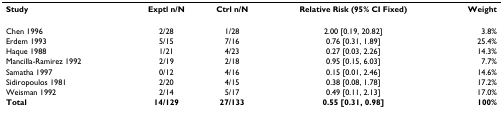
<table><thead><tr><td><b>Study</b></td><td><b>Exptl n/N</b></td><td><b>Ctrl n/N</b></td><td><b>Relative Risk (95% CI Fixed)</b></td><td><b>Weight</b></td></tr></thead><tbody><tr><td>Chen 1996</td><td>2/28</td><td>1/28</td><td>2.00 [0.19, 20.82]</td><td>3.8%</td></tr><tr><td>Erdem 1993</td><td>5/15</td><td>7/16</td><td>0.76 [0.31, 1.89]</td><td>25.4%</td></tr><tr><td>Haque 1988</td><td>1/21</td><td>4/23</td><td>0.27 [0.03, 2.26]</td><td>14.3%</td></tr><tr><td>Mancilla-Ramirez 1992</td><td>2/19</td><td>2/18</td><td>0.95 [0.15, 6.03]</td><td>7.7%</td></tr><tr><td>Samatha 1997</td><td>0/12</td><td>4/16</td><td>0.15 [0.01, 2.46]</td><td>14.6%</td></tr><tr><td>Sidiropoulos 1981</td><td>2/20</td><td>4/15</td><td>0.38 [0.08, 1.78]</td><td>17.2%</td></tr><tr><td>Weisman 1992</td><td>2/14</td><td>5/17</td><td>0.49 [0.11, 2.13]</td><td>17.0%</td></tr><tr><td><b>Total</b></td><td><b>14/129</b></td><td><b>27/133</b></td><td><b>0.55 [0.31, 0.98]</b></td><td><b>100%</b></td></tr></tbody></table>